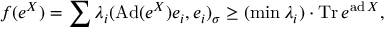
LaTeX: \displaystyle { f ( e ^ { X } ) = \sum \lambda _ { i } ( \mathrm { A d } ( e ^ { X } ) e _ { i } , e _ { i } ) _ { \sigma } \geq ( \operatorname* { m i n } \lambda _ { i } ) \cdot \mathrm { T r } \, e ^ { \mathrm { a d } \, X } , }